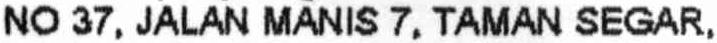
NO 37, JALAN MANIS 7, TAMAN SEGAR,